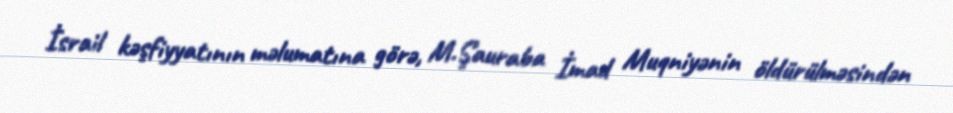
İsrail kəşfiyyatının məlumatına görə, M.Şauraba İmad Muqniyənin öldürülməsindən